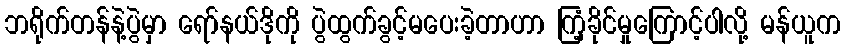
ဘရိုက်တန်နဲ့ပွဲမှာ ရော်နယ်ဒိုကို ပွဲထွက်ခွင့်မပေးခဲ့တာဟာ ကြံ့ခိုင်မှုကြောင့်ပါလို့ မန်ယူက